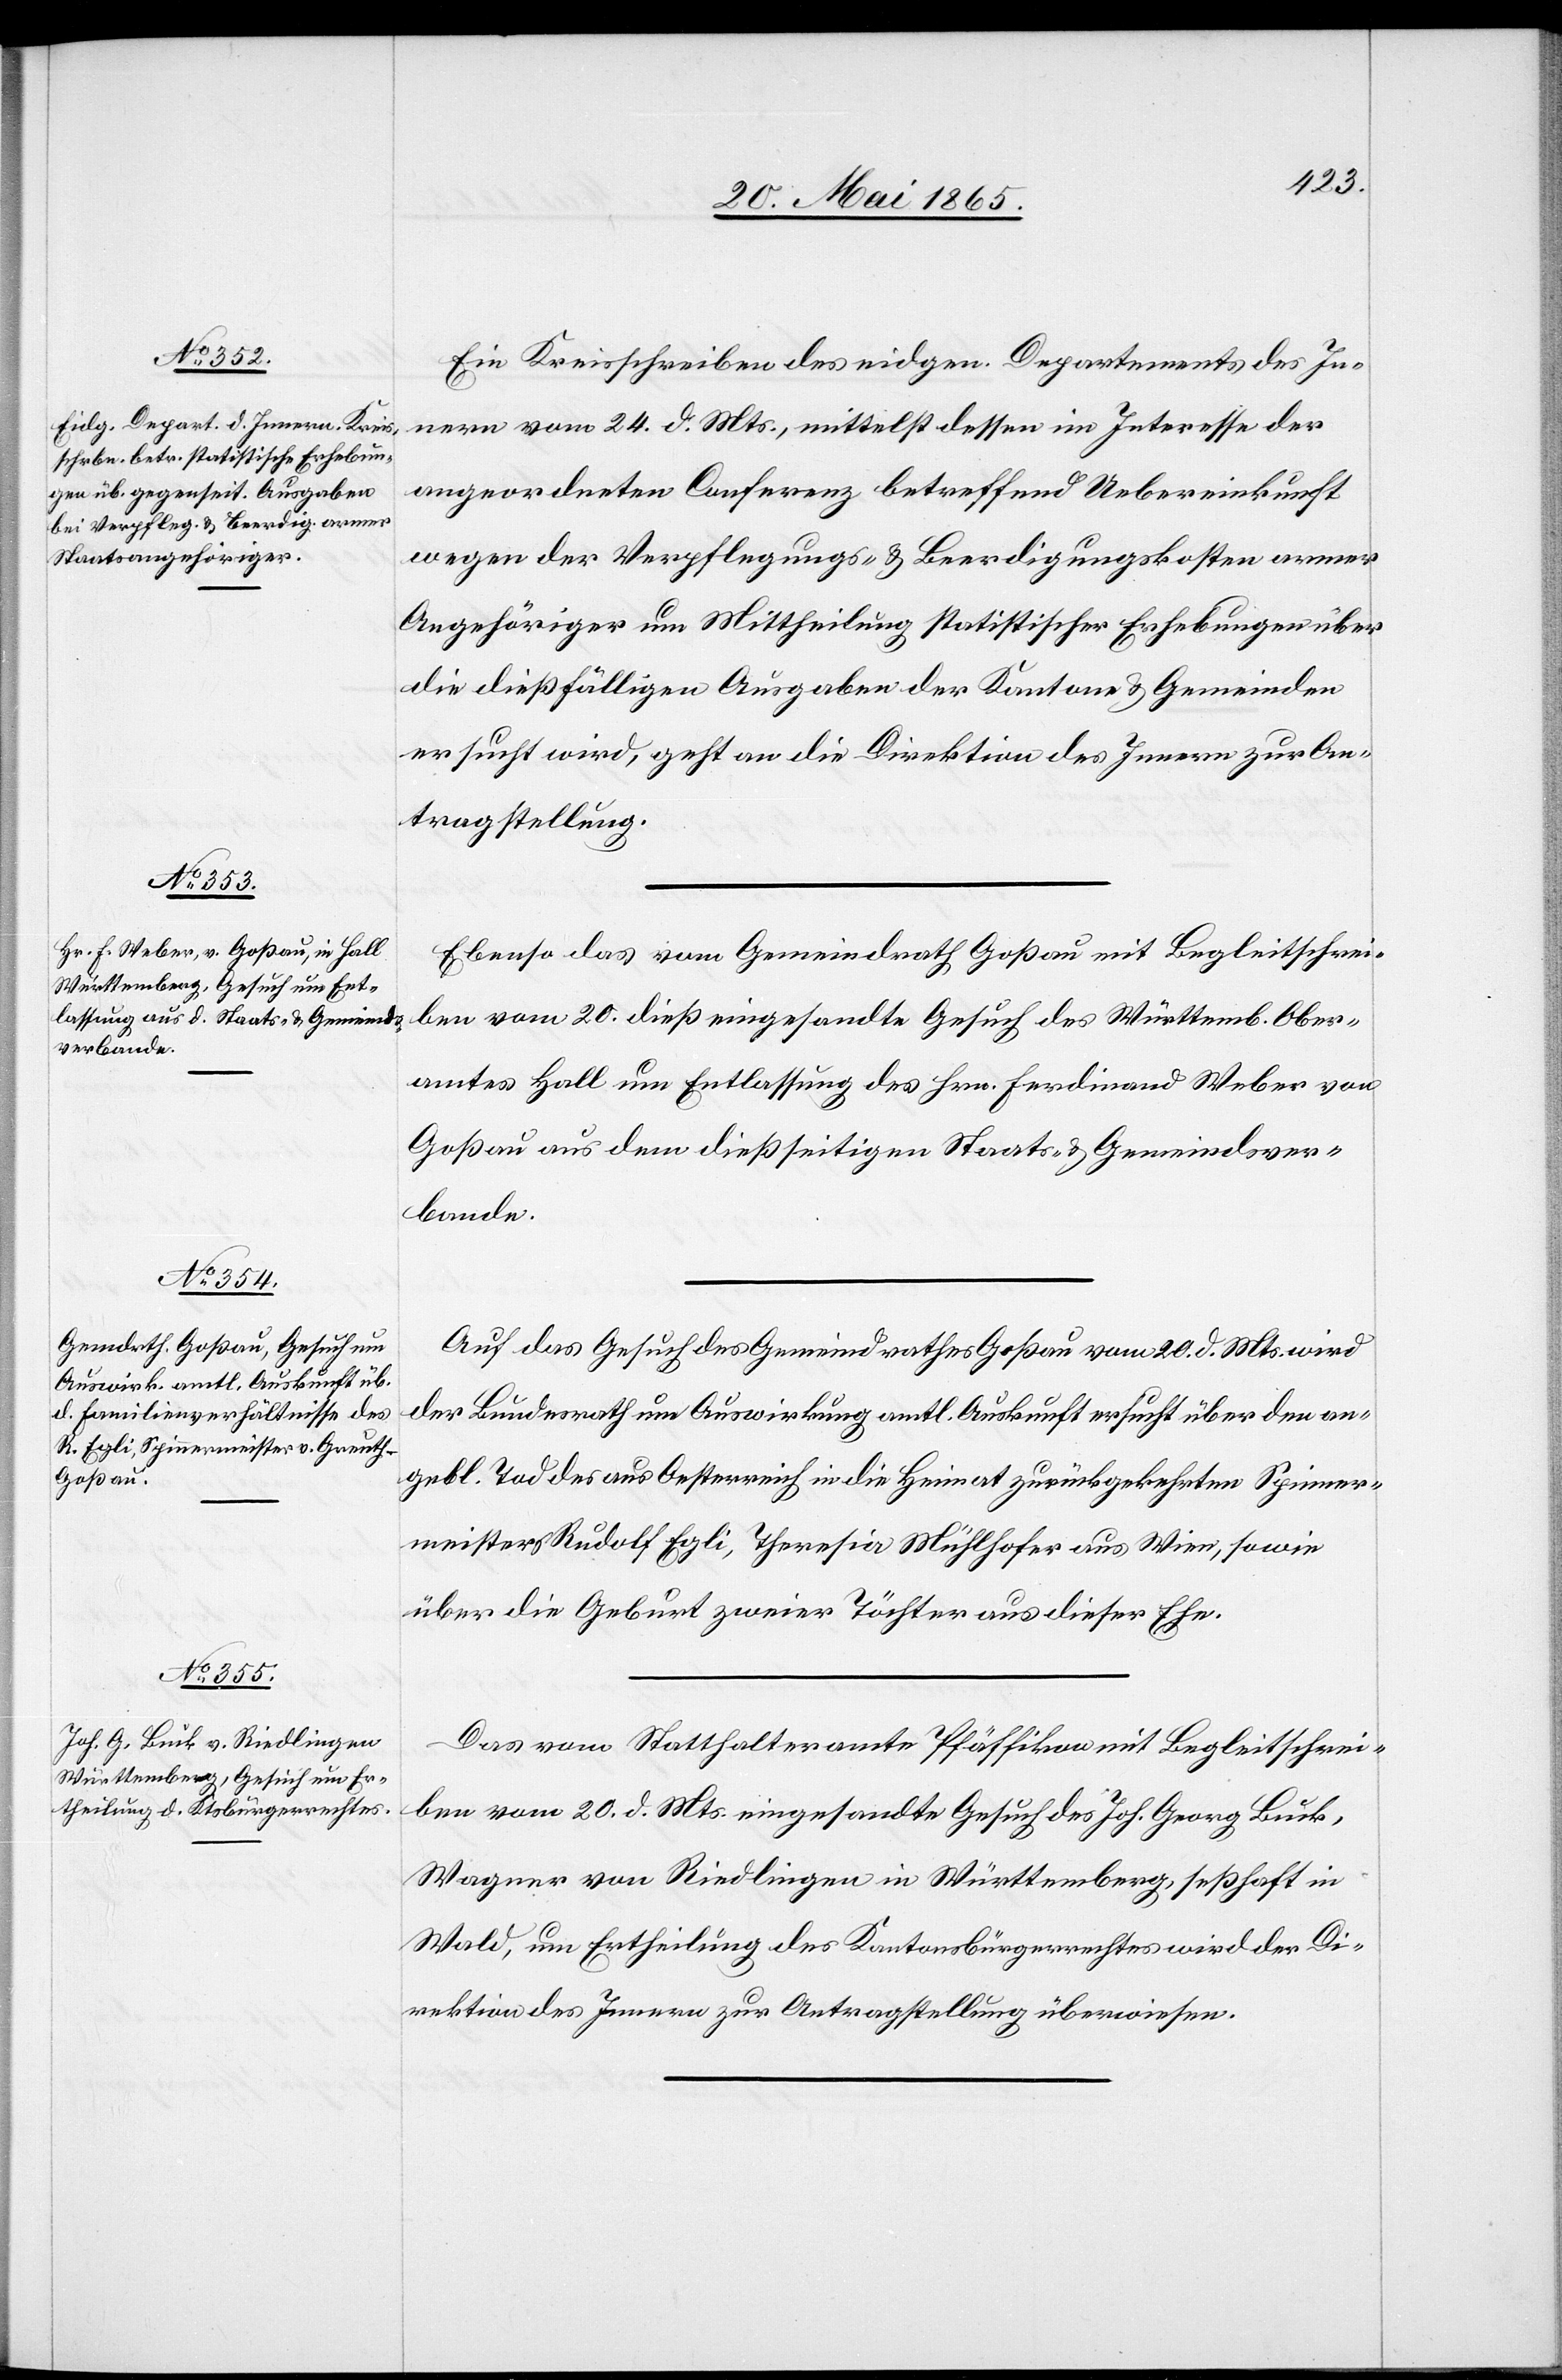
26. Mai 1865.]
Ein Kreisschreiben des eidgen. Departements des In¬
nern vom 24. d. Mts., mittelst dessen im Interesse der
angeordneten Conferenz betreffend Uebereinkunft
wegen der Verpflegungs- & Beerdigungskosten armer
Angehöriger um Mittheilung statistischer Erhebungen über
die dießfälligen Ausgaben der Kantone & Gemeinden
ersucht wird, geht an die Direktion des Innern zur An¬
tragstellung.
Ebenso das vom Gemeindrath Goßau mit Begleitschrei¬
ben vom 25. dieß eingesandte Gesuch des Württemb. Ober¬
amtes Hall um Entlassung des Hrn. Ferdinand Weber von
Goßau aus dem dießseitigen Staats- & Gemeindsver¬
bande.
Auf das Gesuch des Gemeindrathes Goßau vom 20. d. Mts. wird
der Bundesrath um Auswirkung amtl. Auskunft ersucht über den an¬
gebl. Tod des aus Oesterreich in die Heimat zurückgekehrten Spinner¬
meisters Rudolf Egli, Theresia Mühlhofer aus Wien, sowie
über die Geburt zweier Töchter aus dieser Ehe.
Das vom Statthalteramte Pfäffikon mit Begleitschrei¬
ben vom 20. d. Mts. eingesandte Gesuch des Joh. Georg Buck,
Wagner von Riedlingen in Württemberg, seßhaft in
Wald, um Ertheilung des Kantonsbürgerrechtes wird der Di¬
rektion des Innern zur Antragstellung überwiesen.